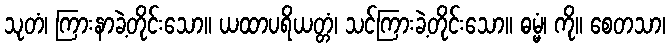
သုတံ၊ ကြားနာခဲ့တိုင်းသော။ ယထာပရိယတ္တံ၊ သင်ကြားခဲ့တိုင်းသော။ ဓမ္မံ၊ ကို။ စေတသာ၊